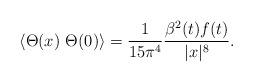
LaTeX: \begin{align*}\langle \Theta (x)~\Theta (0)\rangle =\frac{1}{15\pi ^{4}}\frac{\beta^{2}(t)f(t)}{|x|^{8}}.\end{align*}